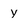
Character: Y